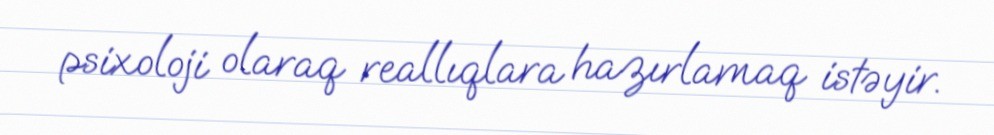
psixoloji olaraq reallıqlara hazırlamaq istəyir.